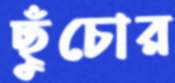
ছুঁচোর